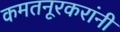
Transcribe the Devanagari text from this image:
कमतनूरकरांनी